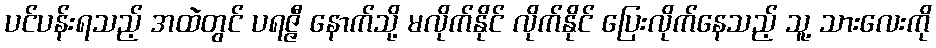
ပင်ပန်းရသည့် အထဲတွင် ပရဇ္ဇီ နောက်သို့ မလိုက်နိုင် လိုက်နိုင် ပြေးလိုက်နေသည့် သူ့ သားလေးကို